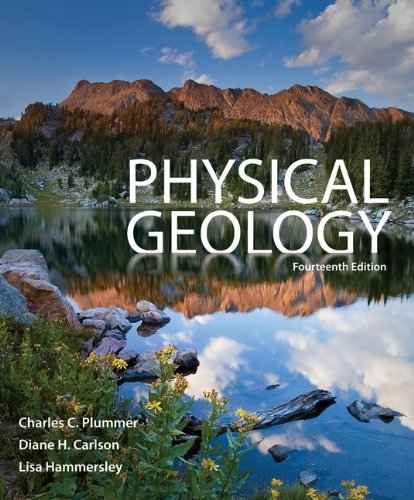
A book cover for Physical Geology; Charles (Carlos) Plummer; Science & Math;